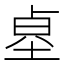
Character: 𱖻